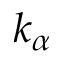
k _ { \alpha }